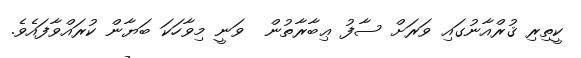
ކީތިރި ޤުރްއާނުގައި ވަރަށް ސާފު ޢިބާރާތުން  ވަނީ މިވާހަކަ ބަޔާން ކުރައްވާފައެވެ.